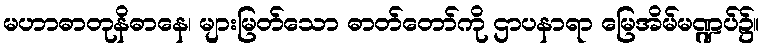
မဟာဓာတုနိဓာနေ၊ များမြတ်သော ဓာတ်တော်ကို ဌာပနာရာ မြေအိမ်မဏ္ဍပ်၌။